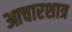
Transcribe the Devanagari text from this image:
आचारशात्र